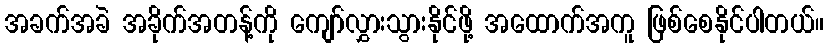
အခက်အခဲ အခိုက်အတန့်ကို ကျော်လွှားသွားနိုင်ဖို့ အထောက်အကူ ဖြစ်စေနိုင်ပါတယ်။